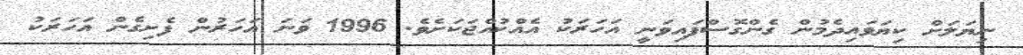
ނިޔަލަށް ކިޔަވައިދެމުން ގެންގޮސްފައިވަނީ އަހަރަކު އެއްކުއްޖަކަށެވެ. 1996 ވަނަ އަހަރުން ފެށިގެން އަހަރަކު